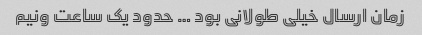
زمان ارسال خیلی طولانی بود … حدود یک ساعت ونیم